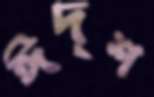
ঈদৃশ